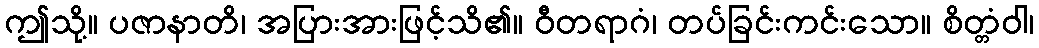
ဤသို့။ ပဇာနာတိ၊ အပြားအားဖြင့်သိ၏။ ဝီတရာဂံ၊ တပ်ခြင်းကင်းသော။ စိတ္တံဝါ၊